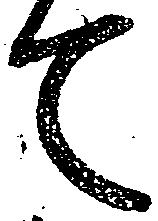
て